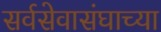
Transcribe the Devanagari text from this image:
सर्वसेवासंघाच्या